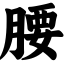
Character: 腰